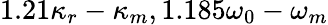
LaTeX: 1.21\kappa_{r}-\kappa_{m},1.185\omega_{0}-\omega_{m}